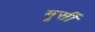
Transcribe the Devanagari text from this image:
मूर्सी